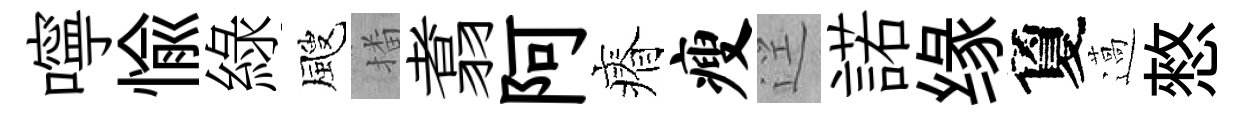
嚀愉綠颼播翥阿瘠瘦逕諾缘夐薖憗